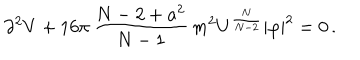
LaTeX: \partial ^ { 2 } V + 1 6 \pi \, \frac { N - 2 + a ^ { 2 } } { N - 1 } \, m ^ { 2 } U ^ { \frac { N } { N - 2 } } | \varphi | ^ { 2 } = 0 \, .